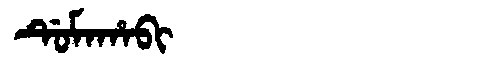
Manchu: ᡩᡠᠮᠠᡥᠠᠪᡳ
Romanization: DUMAHABI